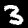
Label: 3